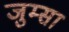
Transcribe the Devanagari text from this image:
जुम्सा